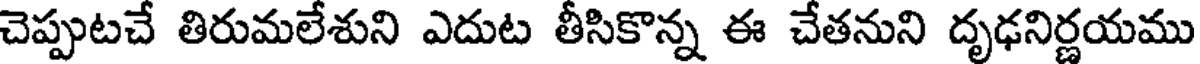
చెప్పుటచే తిరుమలేశుని ఎదుట తీసికొన్న ఈ చేతనుని దృఢనిర్ణయము